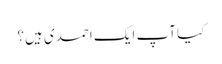
کیا آپ ایک احمدی ہیں؟